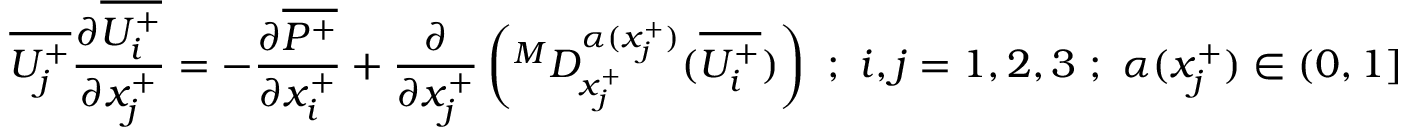
\overline { { U _ { j } ^ { + } } } \frac { \partial \overline { { U _ { i } ^ { + } } } } { \partial x _ { j } ^ { + } } = - \frac { \partial \overline { { P ^ { + } } } } { \partial x _ { i } ^ { + } } + \frac { \partial } { \partial x _ { j } ^ { + } } \left( ^ M D _ { x _ { j } ^ { + } } ^ { \alpha ( x _ { j } ^ { + } ) } ( \overline { { U _ { i } ^ { + } } } ) \right) ~ ; ~ i , j = 1 , 2 , 3 ~ ; ~ \alpha ( x _ { j } ^ { + } ) \in ( 0 , 1 ]